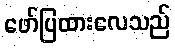
ဖော်ပြထားလေသည်